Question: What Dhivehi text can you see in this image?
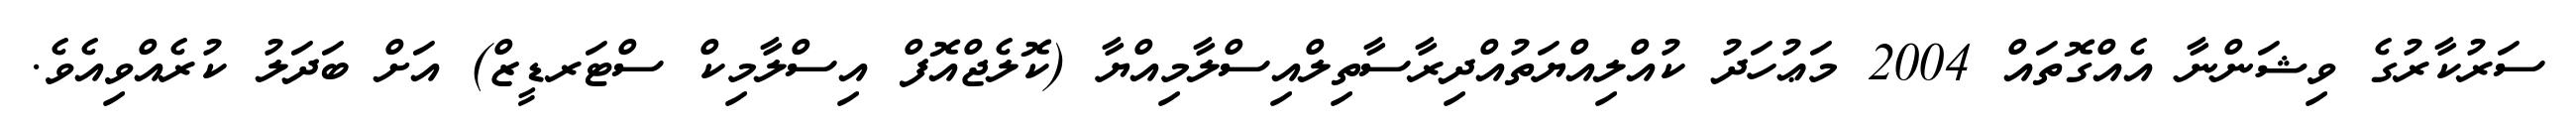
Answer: ސަރުކާރުގެ ވިޝަންނާ އެއްގޮތައް 2004 މަޢުހަދު ކުއްލިއްޔަތުއްދިރާސާތިލްއިސްލާމިއްޔާ (ކޮލެޖްއޮފް އިސްލާމިކް ސްޓަރޑީޒް) އަށް ބަދަލު ކުރެއްވިއެވެ.